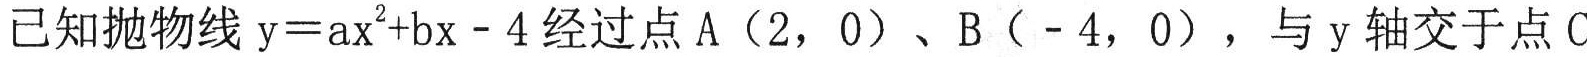
已知抛物线\(y = ax^{2}+bx - 4\)经过点A（2，0）、B（- 4，0），与y轴交于点C